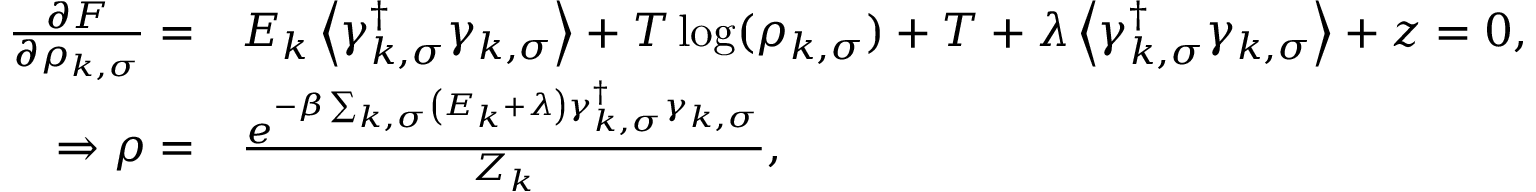
\begin{array} { r l } { \frac { \partial F } { \partial \rho _ { k , \sigma } } = } & { E _ { k } \left\langle \gamma _ { k , \sigma } ^ { \dag } \gamma _ { k , \sigma } \right\rangle + T \log ( \rho _ { k , \sigma } ) + T + \lambda \left\langle \gamma _ { k , \sigma } ^ { \dag } \gamma _ { k , \sigma } \right\rangle + z = 0 , } \\ { \Rightarrow \rho = } & { \frac { e ^ { - \beta \sum _ { k , \sigma } \left( E _ { k } + \lambda \right) \gamma _ { k , \sigma } ^ { \dag } \gamma _ { k , \sigma } } } { Z _ { k } } , } \end{array}